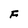
Character: F